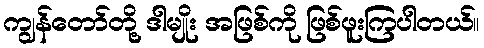
ကျွန်တော်တို့ ဒါမျိုး အဖြစ်ကို ဖြစ်ဖူးကြပါတယ်။